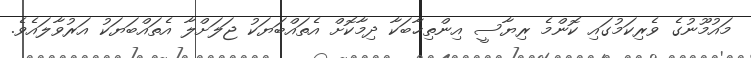
މައުމޫނުގެ ވެރިކަމުގައި ކޮންމެ ރިޔާސީ އިންތިޚާބަކާ ދިމާކޮށް އެތައްބަޔަކު ޖަލަށްލާ އެތައްބަޔަކު އަރުވާލައެވެ.